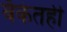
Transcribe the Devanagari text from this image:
बँकेतही